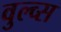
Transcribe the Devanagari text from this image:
वुल्व्स